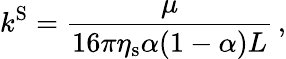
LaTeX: k^{\mathrm{S}}=\frac{\mu}{16\pi\eta_{\mathrm{s}}\alpha(1-\alpha)L}\, ,